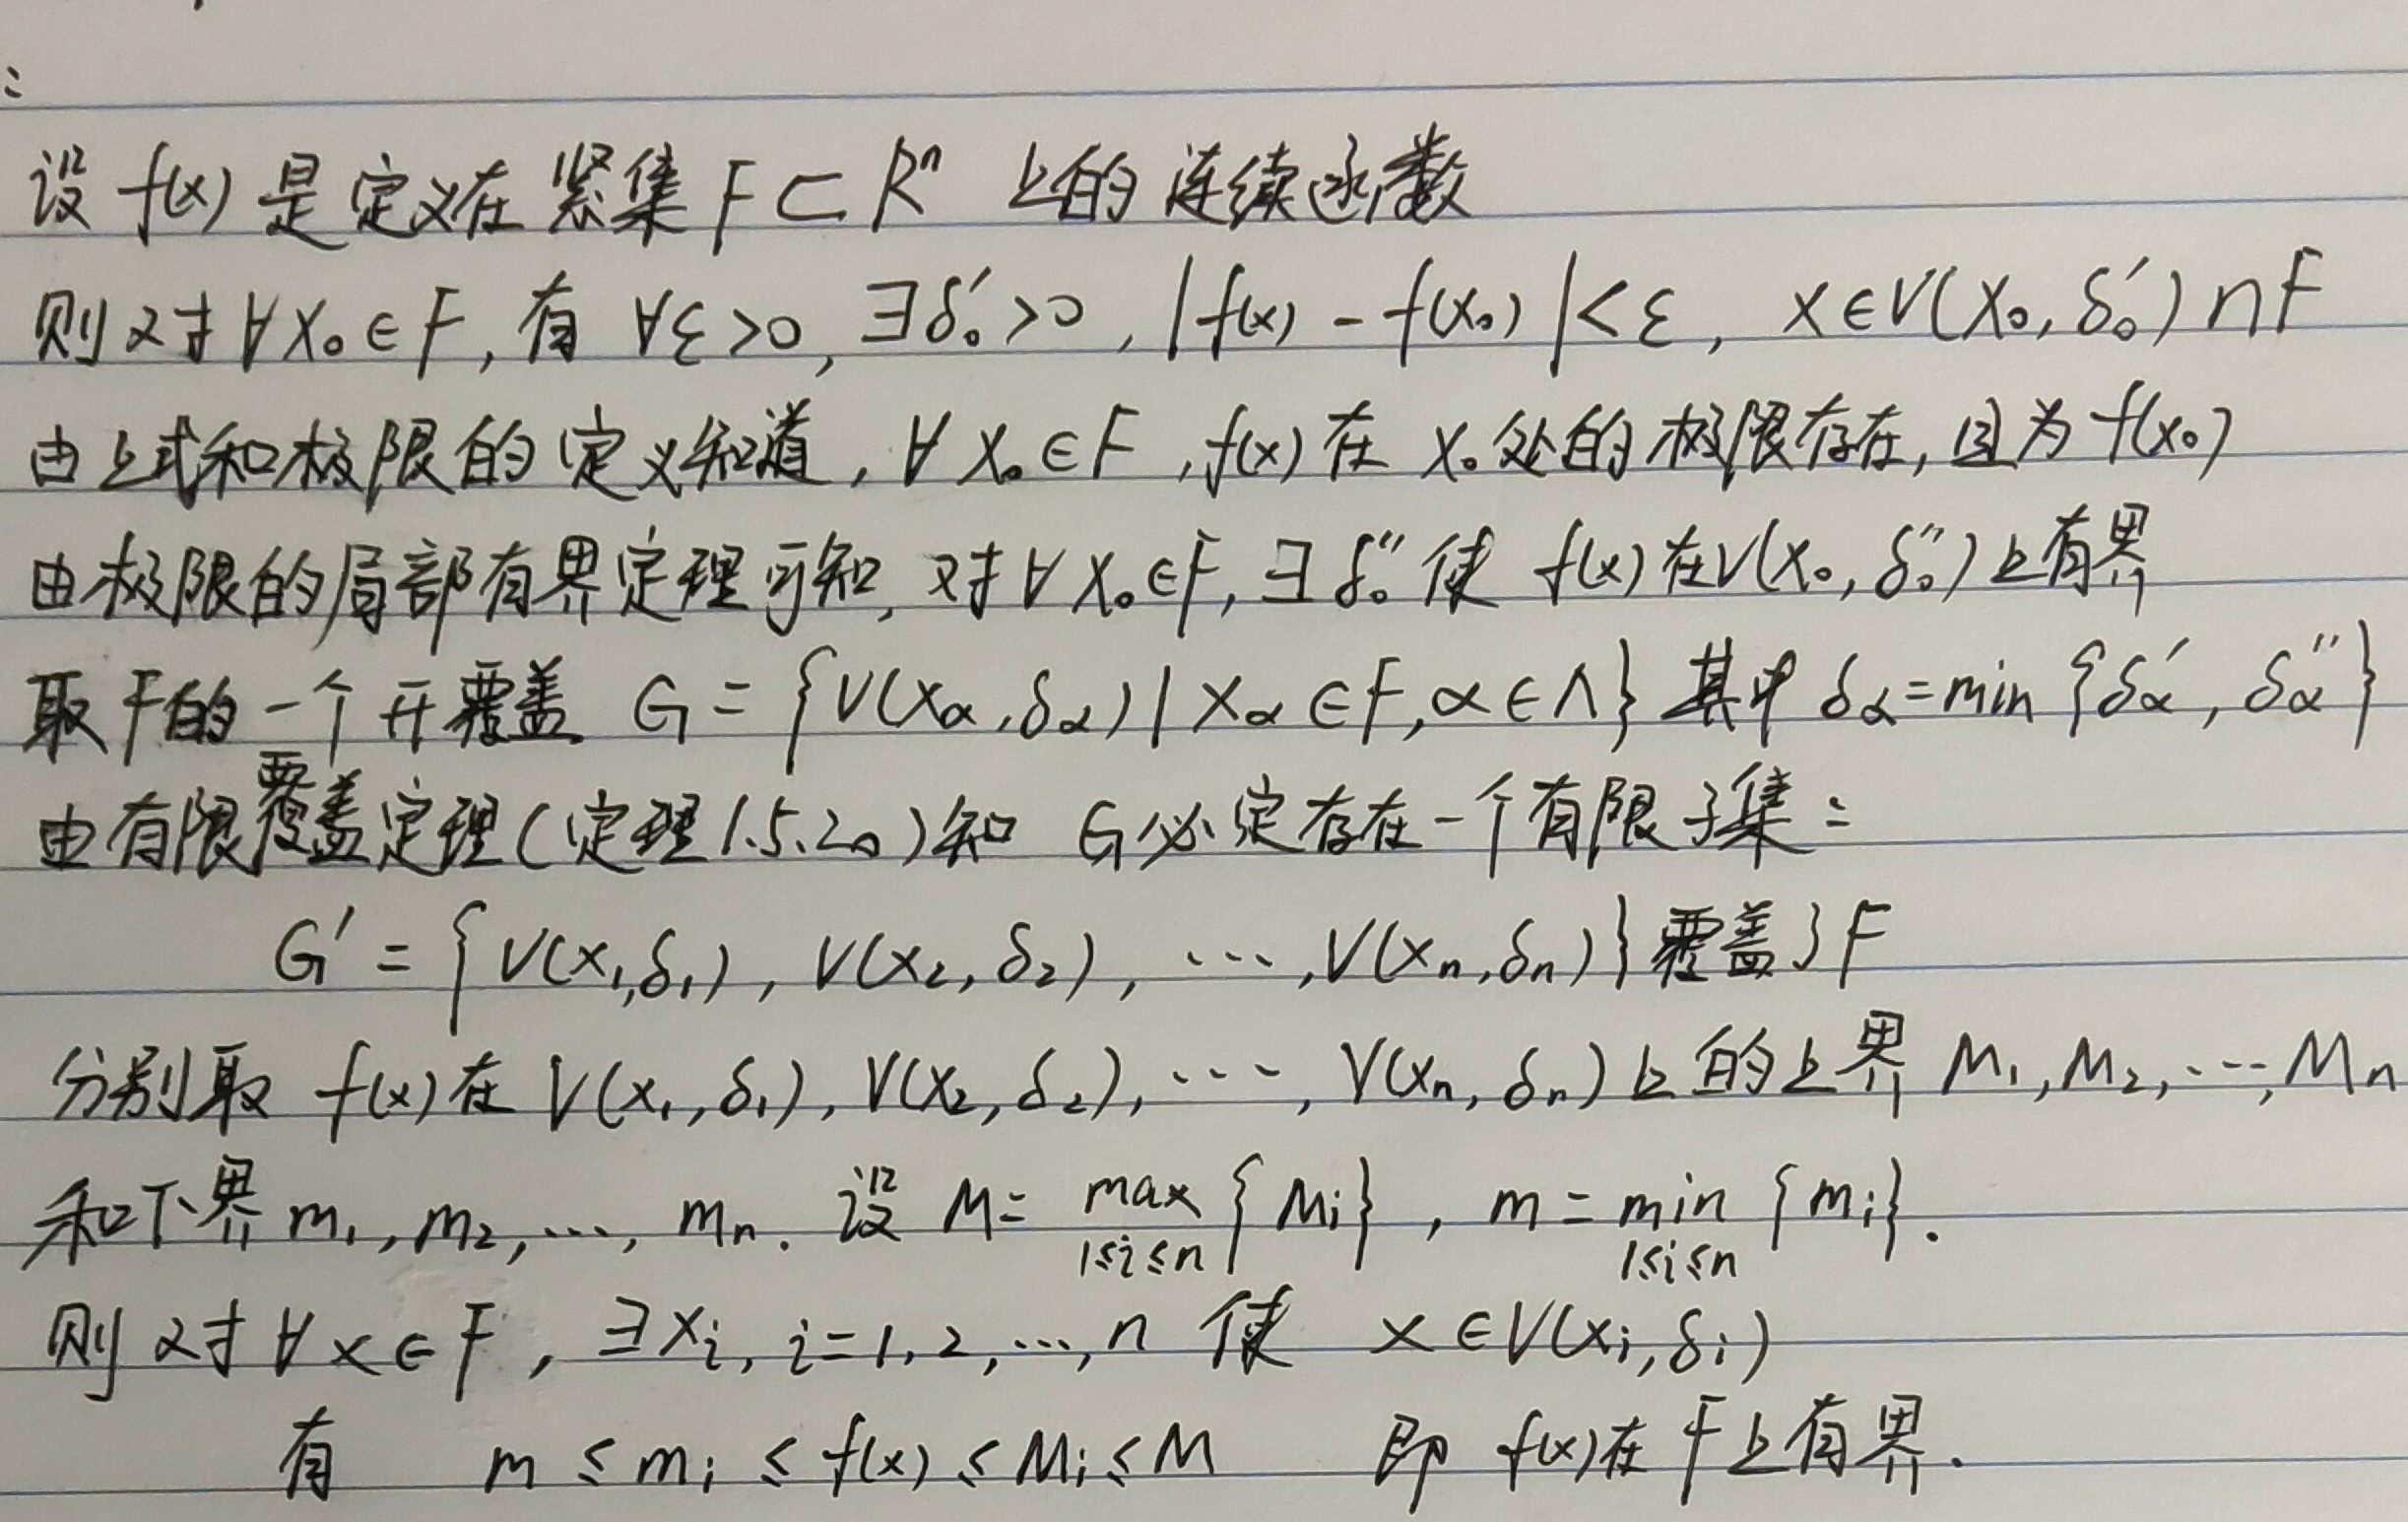
设$f(x)$是定义在紧集$F \subset \mathbb{R}^n$上的连续函数
则对$\forall x_0 \in F$, 有$\forall \varepsilon > 0, \exists \delta_0' > 0, |f(x)-f(x_0)| < \varepsilon, x \in V(x_0, \delta_0') \cap F$
由上式和极限的定义知道, $\forall x_0 \in F$, $f(x)$在$x_0$处的极限存在, 且为$f(x_0)$
由极限的局部有界定理可知, 对$\forall x_0 \in F$, $\exists \delta_0''$使$f(x)$在$V(x_0, \delta_0'')$上有界
取$F$的一个开覆盖$G = \{V(x_{\alpha}, \delta_{\alpha})|x_{\alpha} \in F, \alpha \in \Lambda\}$其中$\delta_{\alpha}=\min\{\delta_{\alpha}', \delta_{\alpha}''\}$
由有限覆盖定理(定理1.5.2)知 $G$必定存在一个有限子集：
\[
G' = \{V(x_1, \delta_1), V(x_2, \delta_2), \cdots, V(x_n, \delta_n)\}覆盖了F
\]
分别取$f(x)$在$V(x_1, \delta_1), V(x_2, \delta_2), \cdots, V(x_n, \delta_n)$上的上界$M_1, M_2, \cdots, M_n$
和下界$m_1, m_2, \cdots, m_n$. 设$M = \max_{1 \leq i \leq n} \{M_i\}$, $m = \min_{1 \leq i \leq n} \{m_i\}$.
则对$\forall x \in F$, $\exists x_i, i = 1, 2, \cdots, n$使$x \in V(x_i, \delta_i)$
有$m \leq m_i \leq f(x) \leq M_i \leq M$ 即$f(x)$在$F$上有界.